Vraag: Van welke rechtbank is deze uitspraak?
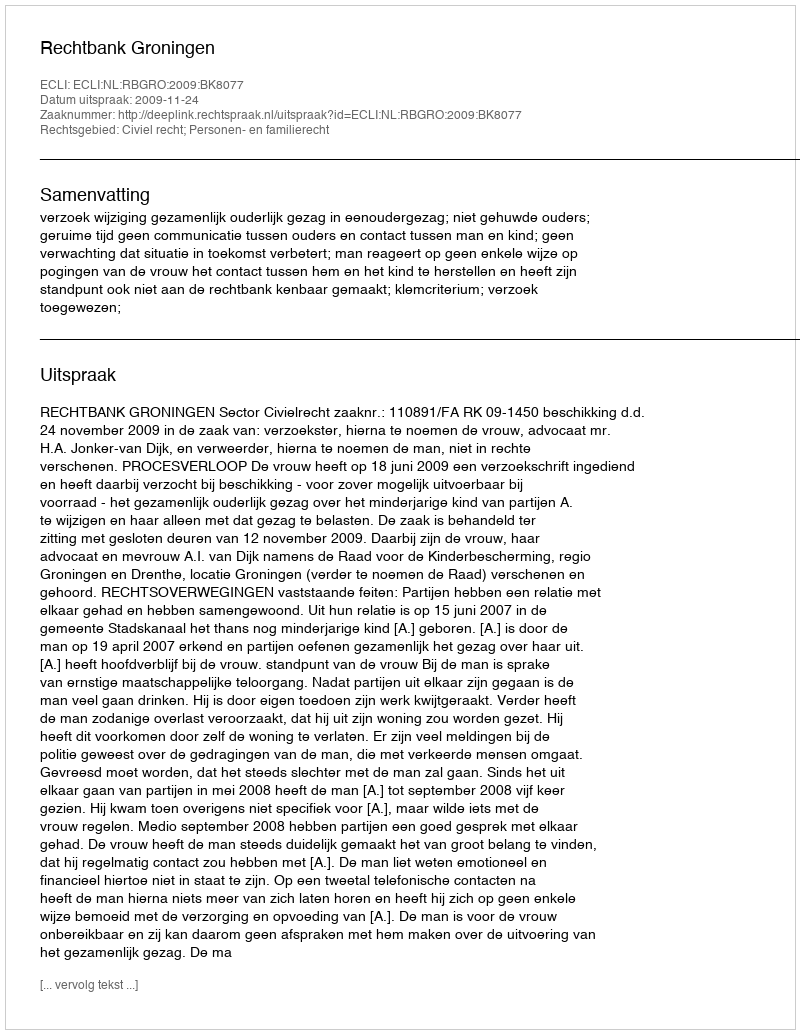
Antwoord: Rechtbank Groningen